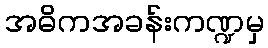
အဓိကအခန်းကဏ္ဍမှ